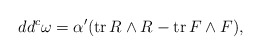
\begin{align*} dd^c\omega = \alpha'(\operatorname{tr} R \wedge R - \operatorname{tr} F \wedge F),\end{align*}